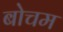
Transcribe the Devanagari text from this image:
बोचम